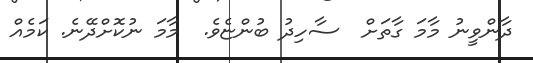
ދާންވީނު މާމަ ގާތަށް  ސާހިދު ބުންޏެވެ.  މާމަ ނުކޮށްދޭނެ. ކަމެއް